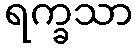
ရက္ခသာ